Scientific memoirs by medical officers of the Army of India - Part VII,
Year: 1892
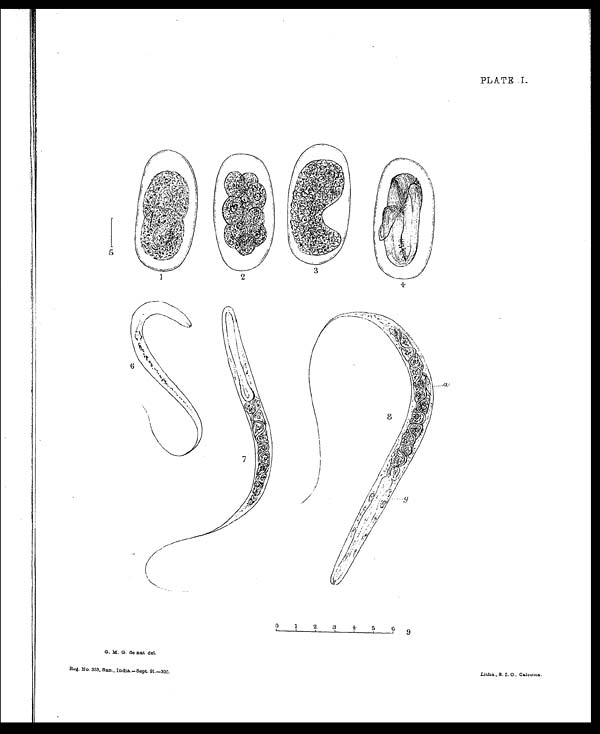
PLATE. I.
G. M. G. de nat del.
Reg. No. 333, San., India.—Sept. 91.—300.
Litho., S. I. O., Calcutta.